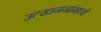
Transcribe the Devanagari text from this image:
उत्खननांमध्ये